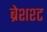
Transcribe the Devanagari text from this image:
ब्रेशश्ट